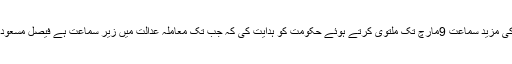
چیف جسٹس نے کیس کی مزید سماعت 9مارچ تک ملتوی کرتے ہوئے حکومت کو ہدایت کی کہ جب تک معاملہ عدالت میں زیر سماعت ہے فیصل مسعود کو تبدیل نہ کیا جائے ۔